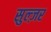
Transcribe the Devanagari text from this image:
सुल्ज़र